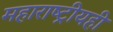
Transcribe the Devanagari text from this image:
महाराष्ट्रीयही